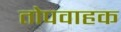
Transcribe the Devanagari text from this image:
तोपवाहक